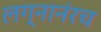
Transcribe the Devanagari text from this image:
लग्नानंरच